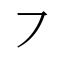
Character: ㇇